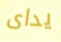
يداى